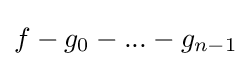
f-g_{0}-...-g_{n-1}